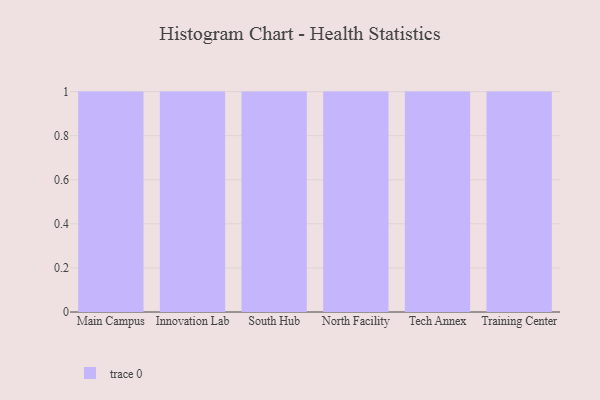
{"axis": {"x": "Campus", "y": "Waste Production (Tons)"}, "legend": [""], "data": [{"x": "Main Campus", "y": 96, "type": ""}, {"x": "Innovation Lab", "y": 41, "type": ""}, {"x": "South Hub", "y": 4, "type": ""}, {"x": "North Facility", "y": 95, "type": ""}, {"x": "Tech Annex", "y": 44, "type": ""}, {"x": "Training Center", "y": 14, "type": ""}]}